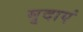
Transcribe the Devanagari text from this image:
मृदाएं